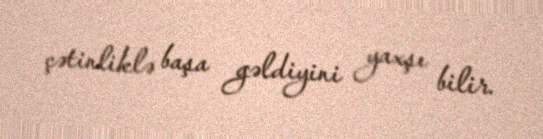
çətinliklə başa gəldiyini yaxşı bilir.